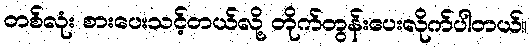
တစ်လုံး စားပေးသင့်တယ်လို့ တိုက်တွန်းပေးလိုက်ပါတယ်။